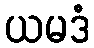
ယမဒံ